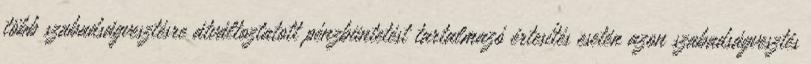
több szabadságvesztésre átváltoztatott pénzbüntetést tartalmazó értesítés esetén azon szabadságvesztés